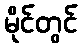
မိုင်တွင်